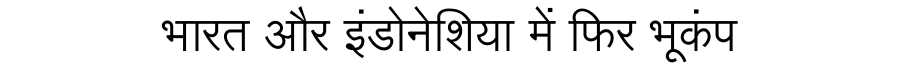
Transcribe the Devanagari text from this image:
भारत और इंडोनेशिया में फिर भूकंप